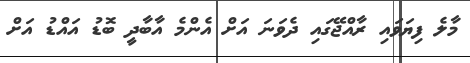
މާލެ ފިޔަވައި ރާއްޖޭގައި ދެވަނަ އަށް އެންމެ އާބާދީ ބޮޑު އައްޑު އަށް